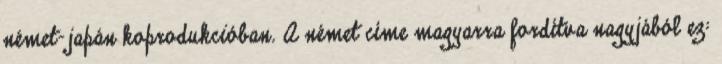
német-japán koprodukcióban. A német címe magyarra fordítva nagyjából ez: